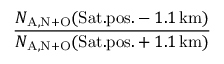
\frac { N _ { \mathrm { A , N + O } } ( \mathrm { S a t . p o s . } - 1 . 1 \, \mathrm { k m } ) } { N _ { \mathrm { A , N + O } } ( \mathrm { S a t . p o s . } + 1 . 1 \, \mathrm { k m } ) }